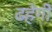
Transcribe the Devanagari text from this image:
ढहेगी